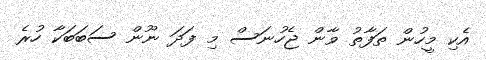
އެކި މީހުން ތަފާތު ވާން ޖެހުނަސް މި ފަދަ ނޫން ސަބަބަކާ ހުރެ